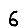
Digit: 6